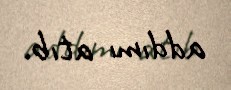
addımı atıb.